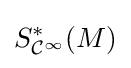
S_{{\mathcal {C}}^{\infty }}^{*}(M)